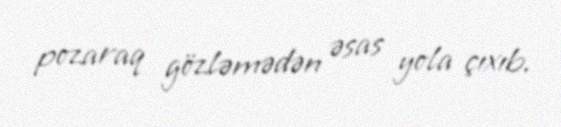
pozaraq gözləmədən əsas yola çıxıb.